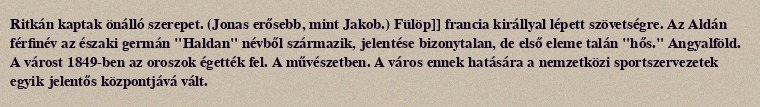
Ritkán kaptak önálló szerepet. (Jonas erősebb, mint Jakob.) Fülöp]] francia királlyal lépett szövetségre. Az Aldán férfinév az északi germán "Haldan" névből származik, jelentése bizonytalan, de első eleme talán "hős." Angyalföld. A várost 1849-ben az oroszok égették fel. A művészetben. A város ennek hatására a nemzetközi sportszervezetek egyik jelentős központjává vált.